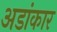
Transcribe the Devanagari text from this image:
अडांकार